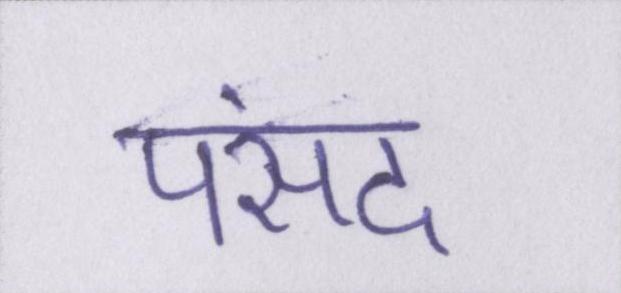
पसंद